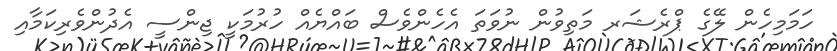
ހަމަމިހެން ލޭގެ ޕްރެޝަރ މަތިވުން ނުވަތަ އެހެންވެސް ބައްޔެއް ހުރުމަކީ ޖިންސީ އެދުންވެރިކަމާއި